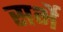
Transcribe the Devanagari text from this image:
सर्भे